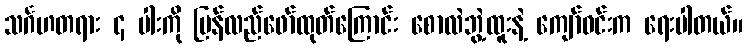
သင်္ဂဟတရား ၄ ပါးကို ပြန်လည်ဖော်ထုတ်ကြောင်း စောလဲဘွဲ့ထူးနဲ့ ကျော်ဝင်းက ရေးပါတယ်။